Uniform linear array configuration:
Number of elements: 16
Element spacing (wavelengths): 1
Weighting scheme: cosine
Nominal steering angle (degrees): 60
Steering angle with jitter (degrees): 59.21
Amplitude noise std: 0.05
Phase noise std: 0.05

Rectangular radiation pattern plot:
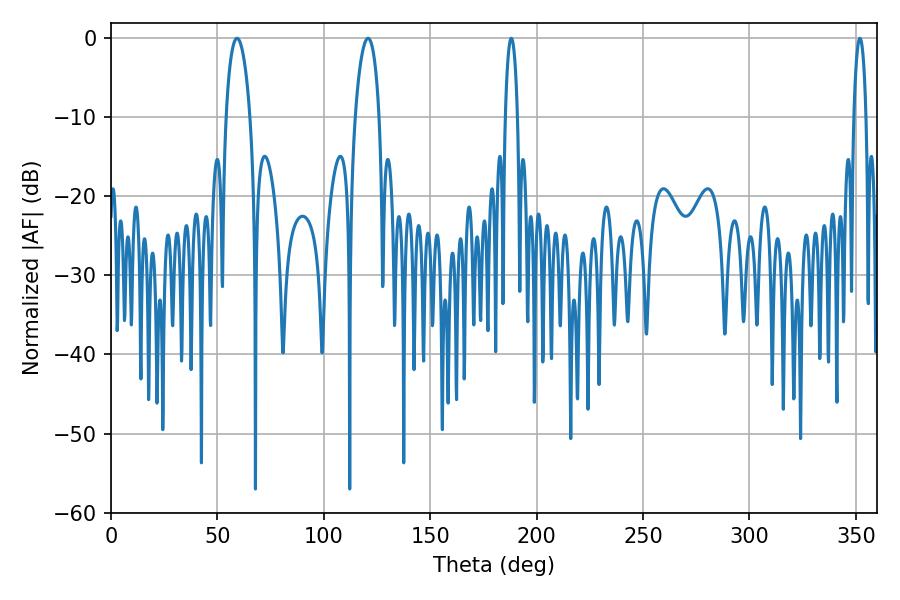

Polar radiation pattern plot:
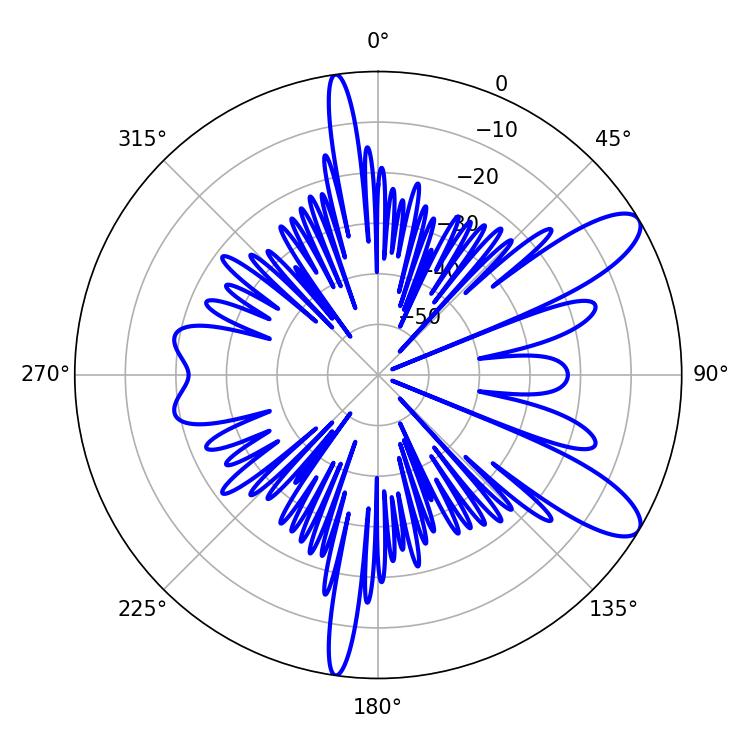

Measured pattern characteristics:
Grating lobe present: TRUE
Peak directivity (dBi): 10.249
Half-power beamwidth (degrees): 6.48
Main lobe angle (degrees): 59.22